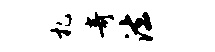
札奇法